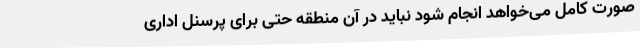
صورت کامل می‌خواهد انجام شود نباید در آن منطقه حتی برای پرسنل اداری